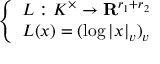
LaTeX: \left\{ \begin{array} { l l } { L : K ^ { \times } \to \mathbf { R } ^ { r _ { 1 } + r _ { 2 } } } \\ { L ( x ) = ( \log | x | _ { v } ) _ { v } } \end{array} \right.